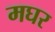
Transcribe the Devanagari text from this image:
मघर